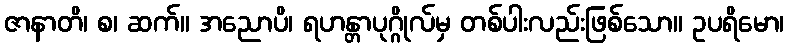
ဇာနာတိ၊ စ၊ ဆက်။ အညောပိ၊ ရဟန္တာပုဂ္ဂိုလ်မှ တစ်ပါးလည်းဖြစ်သော။ ဥပရိမော၊